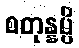
စတုန္နမ္ပိ